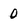
Character: 0